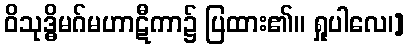
ဝိသုဒ္ဓိမဂ်မဟာဋီကာ၌ ပြထား၏။ ရှုပါလေ၊]